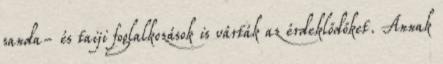
sanda- és taiji foglalkozások is várták az érdeklődőket. Annak